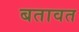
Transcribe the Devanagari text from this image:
बतावत